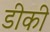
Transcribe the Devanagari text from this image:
डीकी